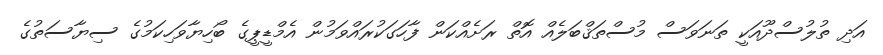
އަދި ތުލުސްދޫއަކީ ތަނަވަސް މުސްތަޤްބަލެއް އޮތް ރަށެއްކަން ފާހަގަކުރައްވަމުން އެމްޑީޕީގެ ބޯހިޔާވަހިކަމުގެ ސިޔާސަތުގެ